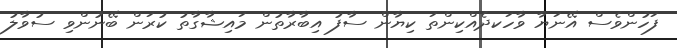
ފަހުންވެސް އޭނަޔާ ވާހަކދެއްކިންތަ ކިޔާން ސާފު އިބާރާތުން މައިޝާގާތު ކުރަން ބޭނުންވި ސުވާލު